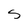
Character: s